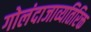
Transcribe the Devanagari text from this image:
गोलंदाजाव्यतिरिक्त